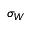
\sigma _ { W }